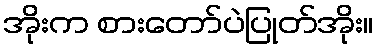
အိုးက စားတော်ပဲပြုတ်အိုး။